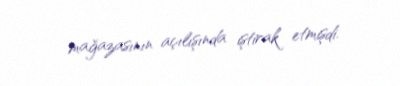
mağazasının açılışında iştirak etmişdi.